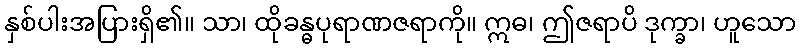
နှစ်ပါးအပြားရှိ၏။ သာ၊ ထိုခန္ဓပုရာဏဇရာကို။ ဣဓ၊ ဤဇရာပိ ဒုက္ခာ၊ ဟူသော